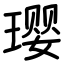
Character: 璎